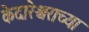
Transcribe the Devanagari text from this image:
केदारेश्वराच्या